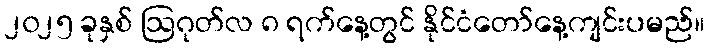
၂၀၂၅ ခုနှစ် ဩဂုတ်လ ၈ ရက်နေ့တွင် နိုင်ငံတော်နေ့ကျင်းပမည်။